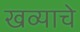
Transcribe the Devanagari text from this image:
खव्याचे